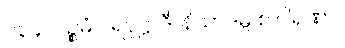
၁၃၄။ ပဉ္စမံ ပရပုဋ္ဌာဒီ၊ နိသာဒမ္ပိ စ ဝါရဏာ။